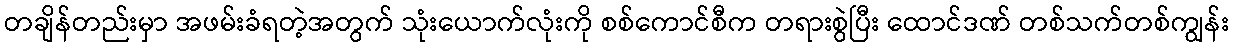
တချိန်တည်းမှာ အဖမ်းခံရတဲ့အတွက် သုံးယောက်လုံးကို စစ်ကောင်စီက တရားစွဲပြီး ထောင်ဒဏ် တစ်သက်တစ်ကျွန်း